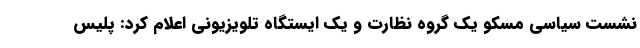
نشست سیاسی مسکو یک گروه نظارت و یک ایستگاه تلویزیونی اعلام کرد: پلیس